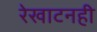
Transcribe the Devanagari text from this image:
रेखाटनही